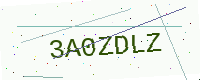
Text: 3A0ZDLZ